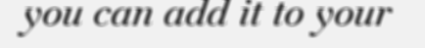
you can add it to your